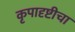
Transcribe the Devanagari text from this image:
कृपादृष्टीचा